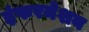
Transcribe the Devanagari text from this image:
इंफरमेशन